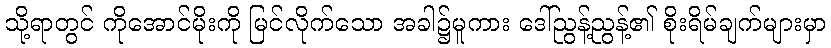
သို့ရာတွင် ကိုအောင်မိုးကို မြင်လိုက်သော အခါ၌မူကား ဒေါ်ညွန့်ညွန့်၏ စိုးရိမ်ချက်များမှာ